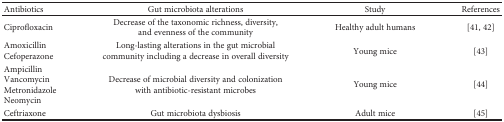
<table><thead><tr><td><b>Antibiotics</b></td><td><b>Gut microbiota alterations</b></td><td><b>Study</b></td><td><b>References</b></td></tr></thead><tbody><tr><td>Ciprofloxacin</td><td>Decrease of the taxonomic richness, diversity, and evenness of the community</td><td>Healthy adult humans</td><td>[41, 42]</td></tr><tr><td>AmoxicillinCefoperazone</td><td>Long-lasting alterations in the gut microbial community including a decrease in overall diversity</td><td>Young mice</td><td>[43]</td></tr><tr><td>AmpicillinVancomycinMetronidazoleNeomycin</td><td>Decrease of microbial diversity and colonization with antibiotic-resistant microbes</td><td>Young mice</td><td>[44]</td></tr><tr><td>Ceftriaxone</td><td>Gut microbiota dysbiosis</td><td>Adult mice</td><td>[45]</td></tr></tbody></table>